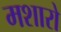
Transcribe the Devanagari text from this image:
मशारो